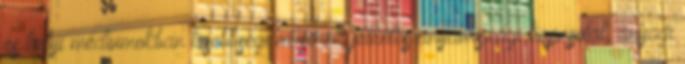
és helyi médiumokban kisebbségi műsorok jelentős anyaországi kapcsolat, anyagi